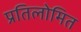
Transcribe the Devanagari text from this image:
प्रतिलोमित